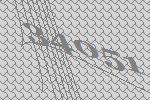
34051